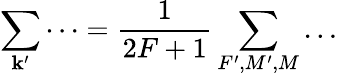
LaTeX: {\sum_{\mathbf{k}^{\prime}}\dots=\frac{{1}}{{2F+1}}\sum_{F^{\prime},M^{\prime},M}\dots}